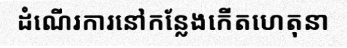
ដំណើរការនៅកន្លែងកើតហេតុនា